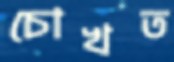
চোখত